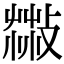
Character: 𦷻